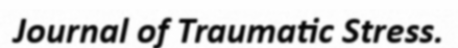
Journal of Traumatic Stress.